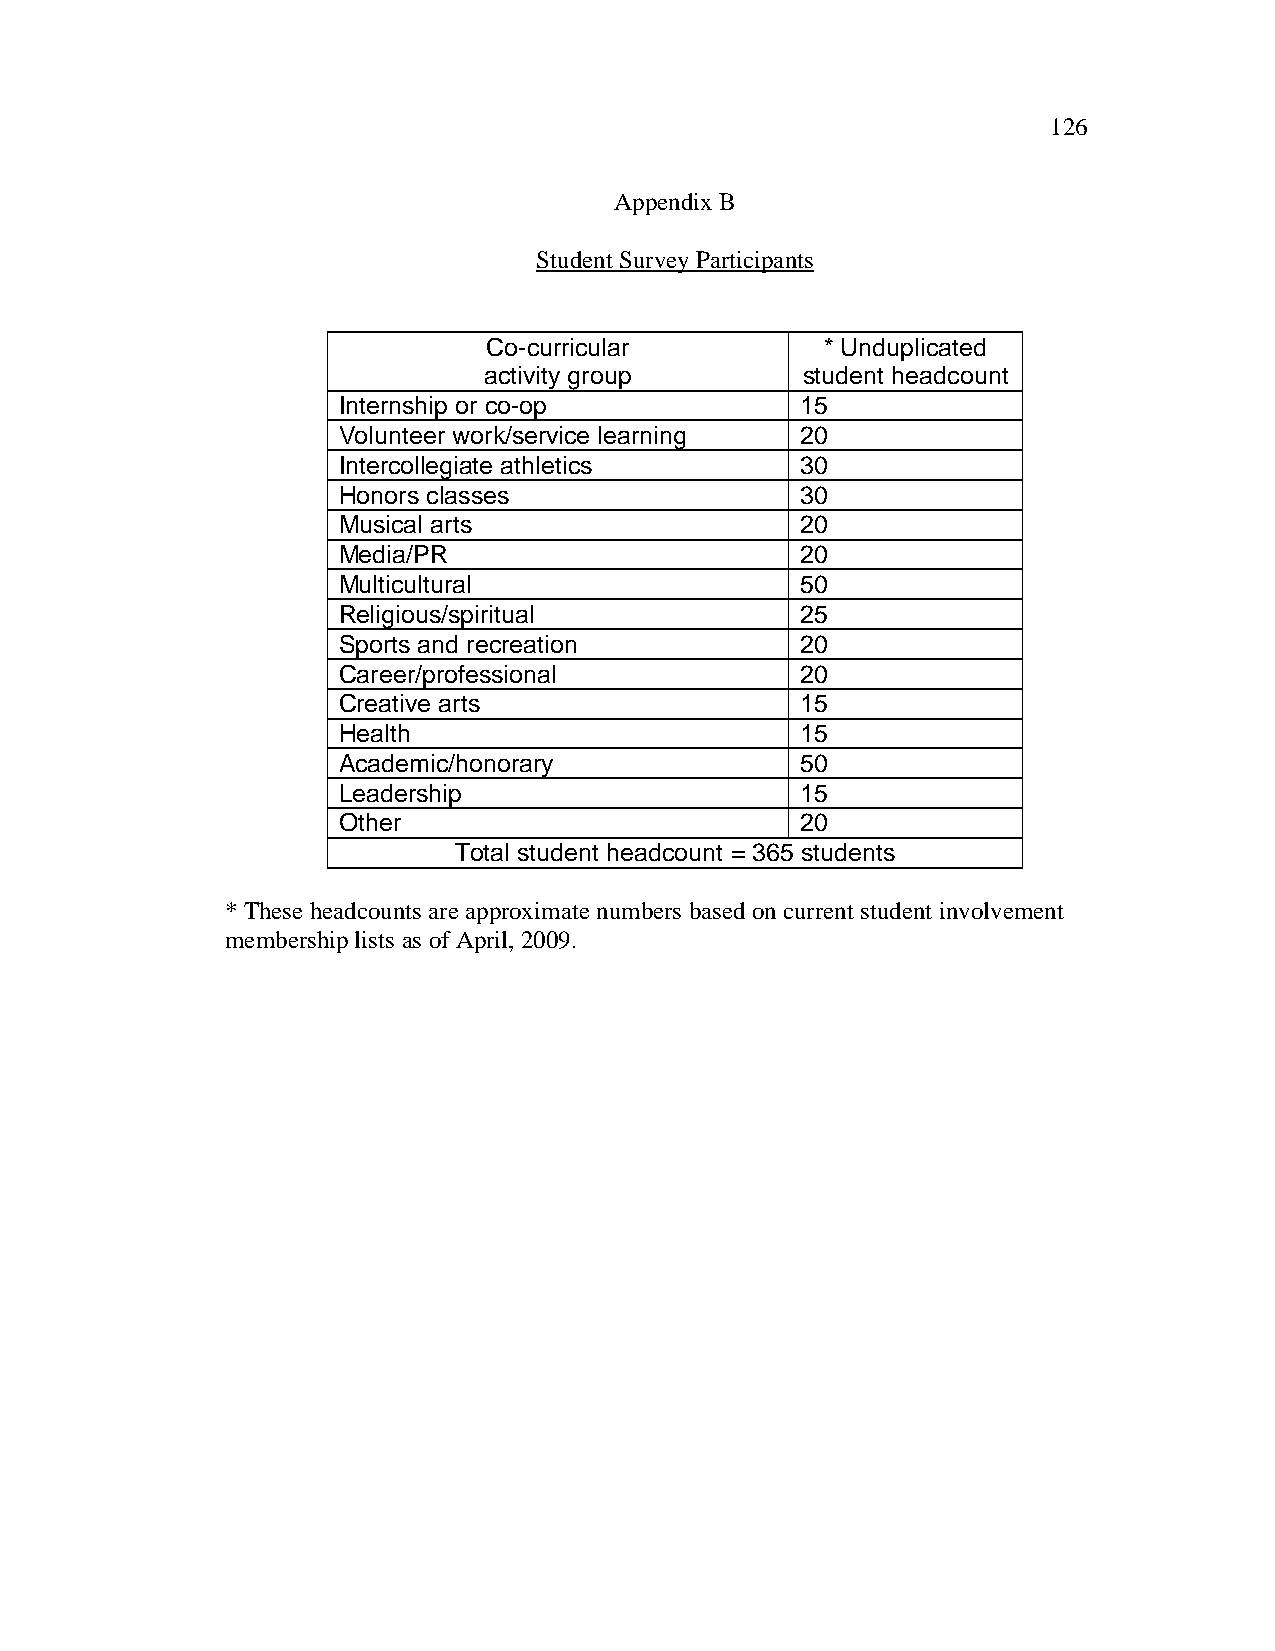
126
 Appendix B
 Student Survey Participants
 Co-curricular          * Unduplicated
 activity group       student headcount
 Internship or co-op            15
 Volunteer work/service learning 20
 Intercollegiate athletics      30
 Honors classes                 30
 Musical arts                   20
 Media/PR                       20
 Multicultural                  50
 Religious/spiritual            25
 Sports and recreation          20
 Career/professional            20
 Creative arts                  15
 Health                         15
 Academic/honorary              50
 Leadership                     15
 Other                          20
 Total student headcount = 365 students
 * These headcounts are approximate numbers based on current student involvement
 membership lists as of April, 2009.